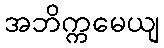
အဘိက္ကမေယျ